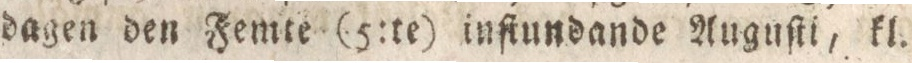
dagen den Femte (5:te) inſtundande Auguſti, kl.